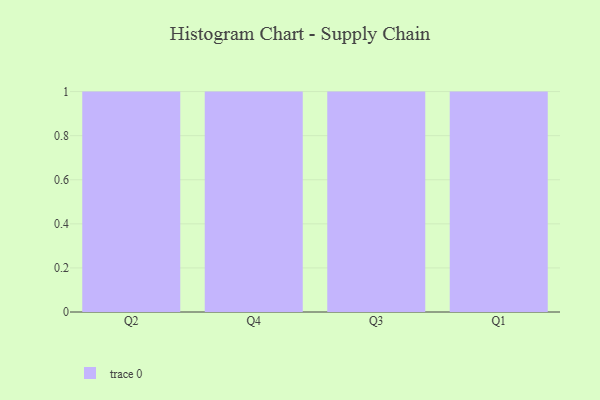
{"axis": {"x": "Quarter", "y": "Satisfaction Score"}, "legend": [""], "data": [{"x": "Q2", "y": 6, "type": ""}, {"x": "Q4", "y": 60, "type": ""}, {"x": "Q3", "y": 34, "type": ""}, {"x": "Q1", "y": 93, "type": ""}]}